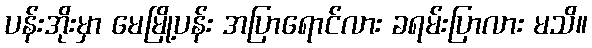
ပန်းအိုးမှာ မေမြို့ပန်း အပြာရောင်လား ခရမ်းပြာလား မသိ။